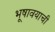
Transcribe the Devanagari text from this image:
भूषावयाची